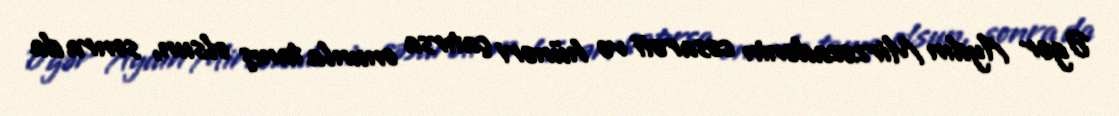
Əgər Aydın Mirzəzadənin cəsarəti və hünəri çatırsa onunla tanış olsun, sonra da